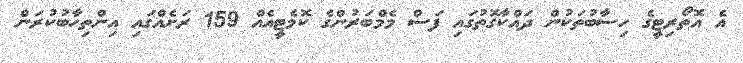
އެ އޮތޯރިޓީގެ ހިސާބުތަކުން ދައްކާގޮތުގައި ފަސް މެމްބަރުންގެ ކޮމެޓީއެއް 159 ރަށެއްގައި އިންތިހާބުކުރަން